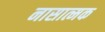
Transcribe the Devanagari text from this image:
नासात्मक